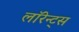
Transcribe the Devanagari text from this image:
लॉरेन्ट्स